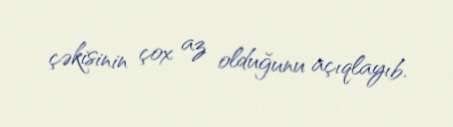
çəkisinin çox az olduğunu açıqlayıb.